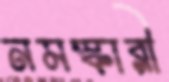
নমস্কারী